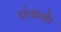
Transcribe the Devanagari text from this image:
पंकके